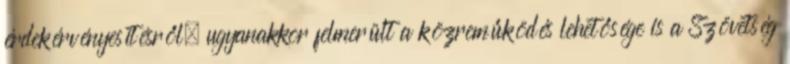
érdekérvényesítésről, ugyanakkor felmerült a közreműködés lehetősége is a Szövetség